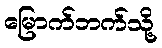
မြောက်ဘက်သို့